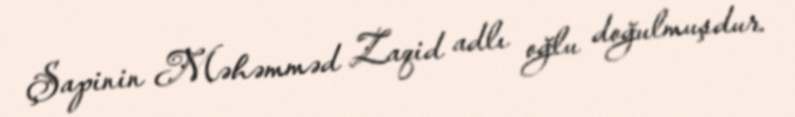
Şapinin Məhəmməd Zaqid adlı oğlu doğulmuşdur.